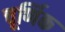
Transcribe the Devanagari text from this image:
चूर्णिक